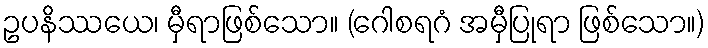
ဥပနိဿယေ၊ မှီရာဖြစ်သော။ (ဂေါစရဂံ အမှီပြုရာ ဖြစ်သော။)